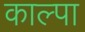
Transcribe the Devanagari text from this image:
काल्पा